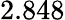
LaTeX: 2.848